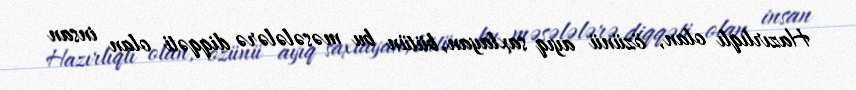
Hazırlıqlı olan, özünü ayıq saxlayan, bütün bu məsələlərə diqqəti olan insan